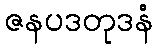
ဇနပဒတုဒနံ